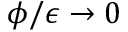
\phi / \epsilon \rightarrow 0